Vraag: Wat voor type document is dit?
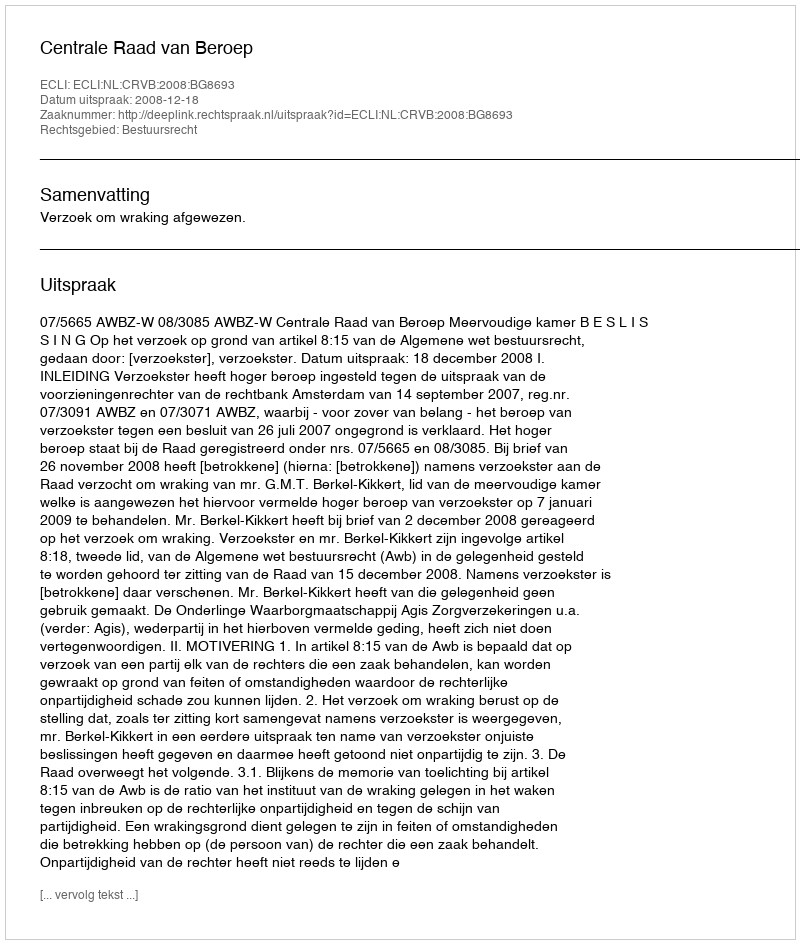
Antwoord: Uitspraak